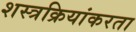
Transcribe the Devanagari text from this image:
शस्त्रक्रियांकरता